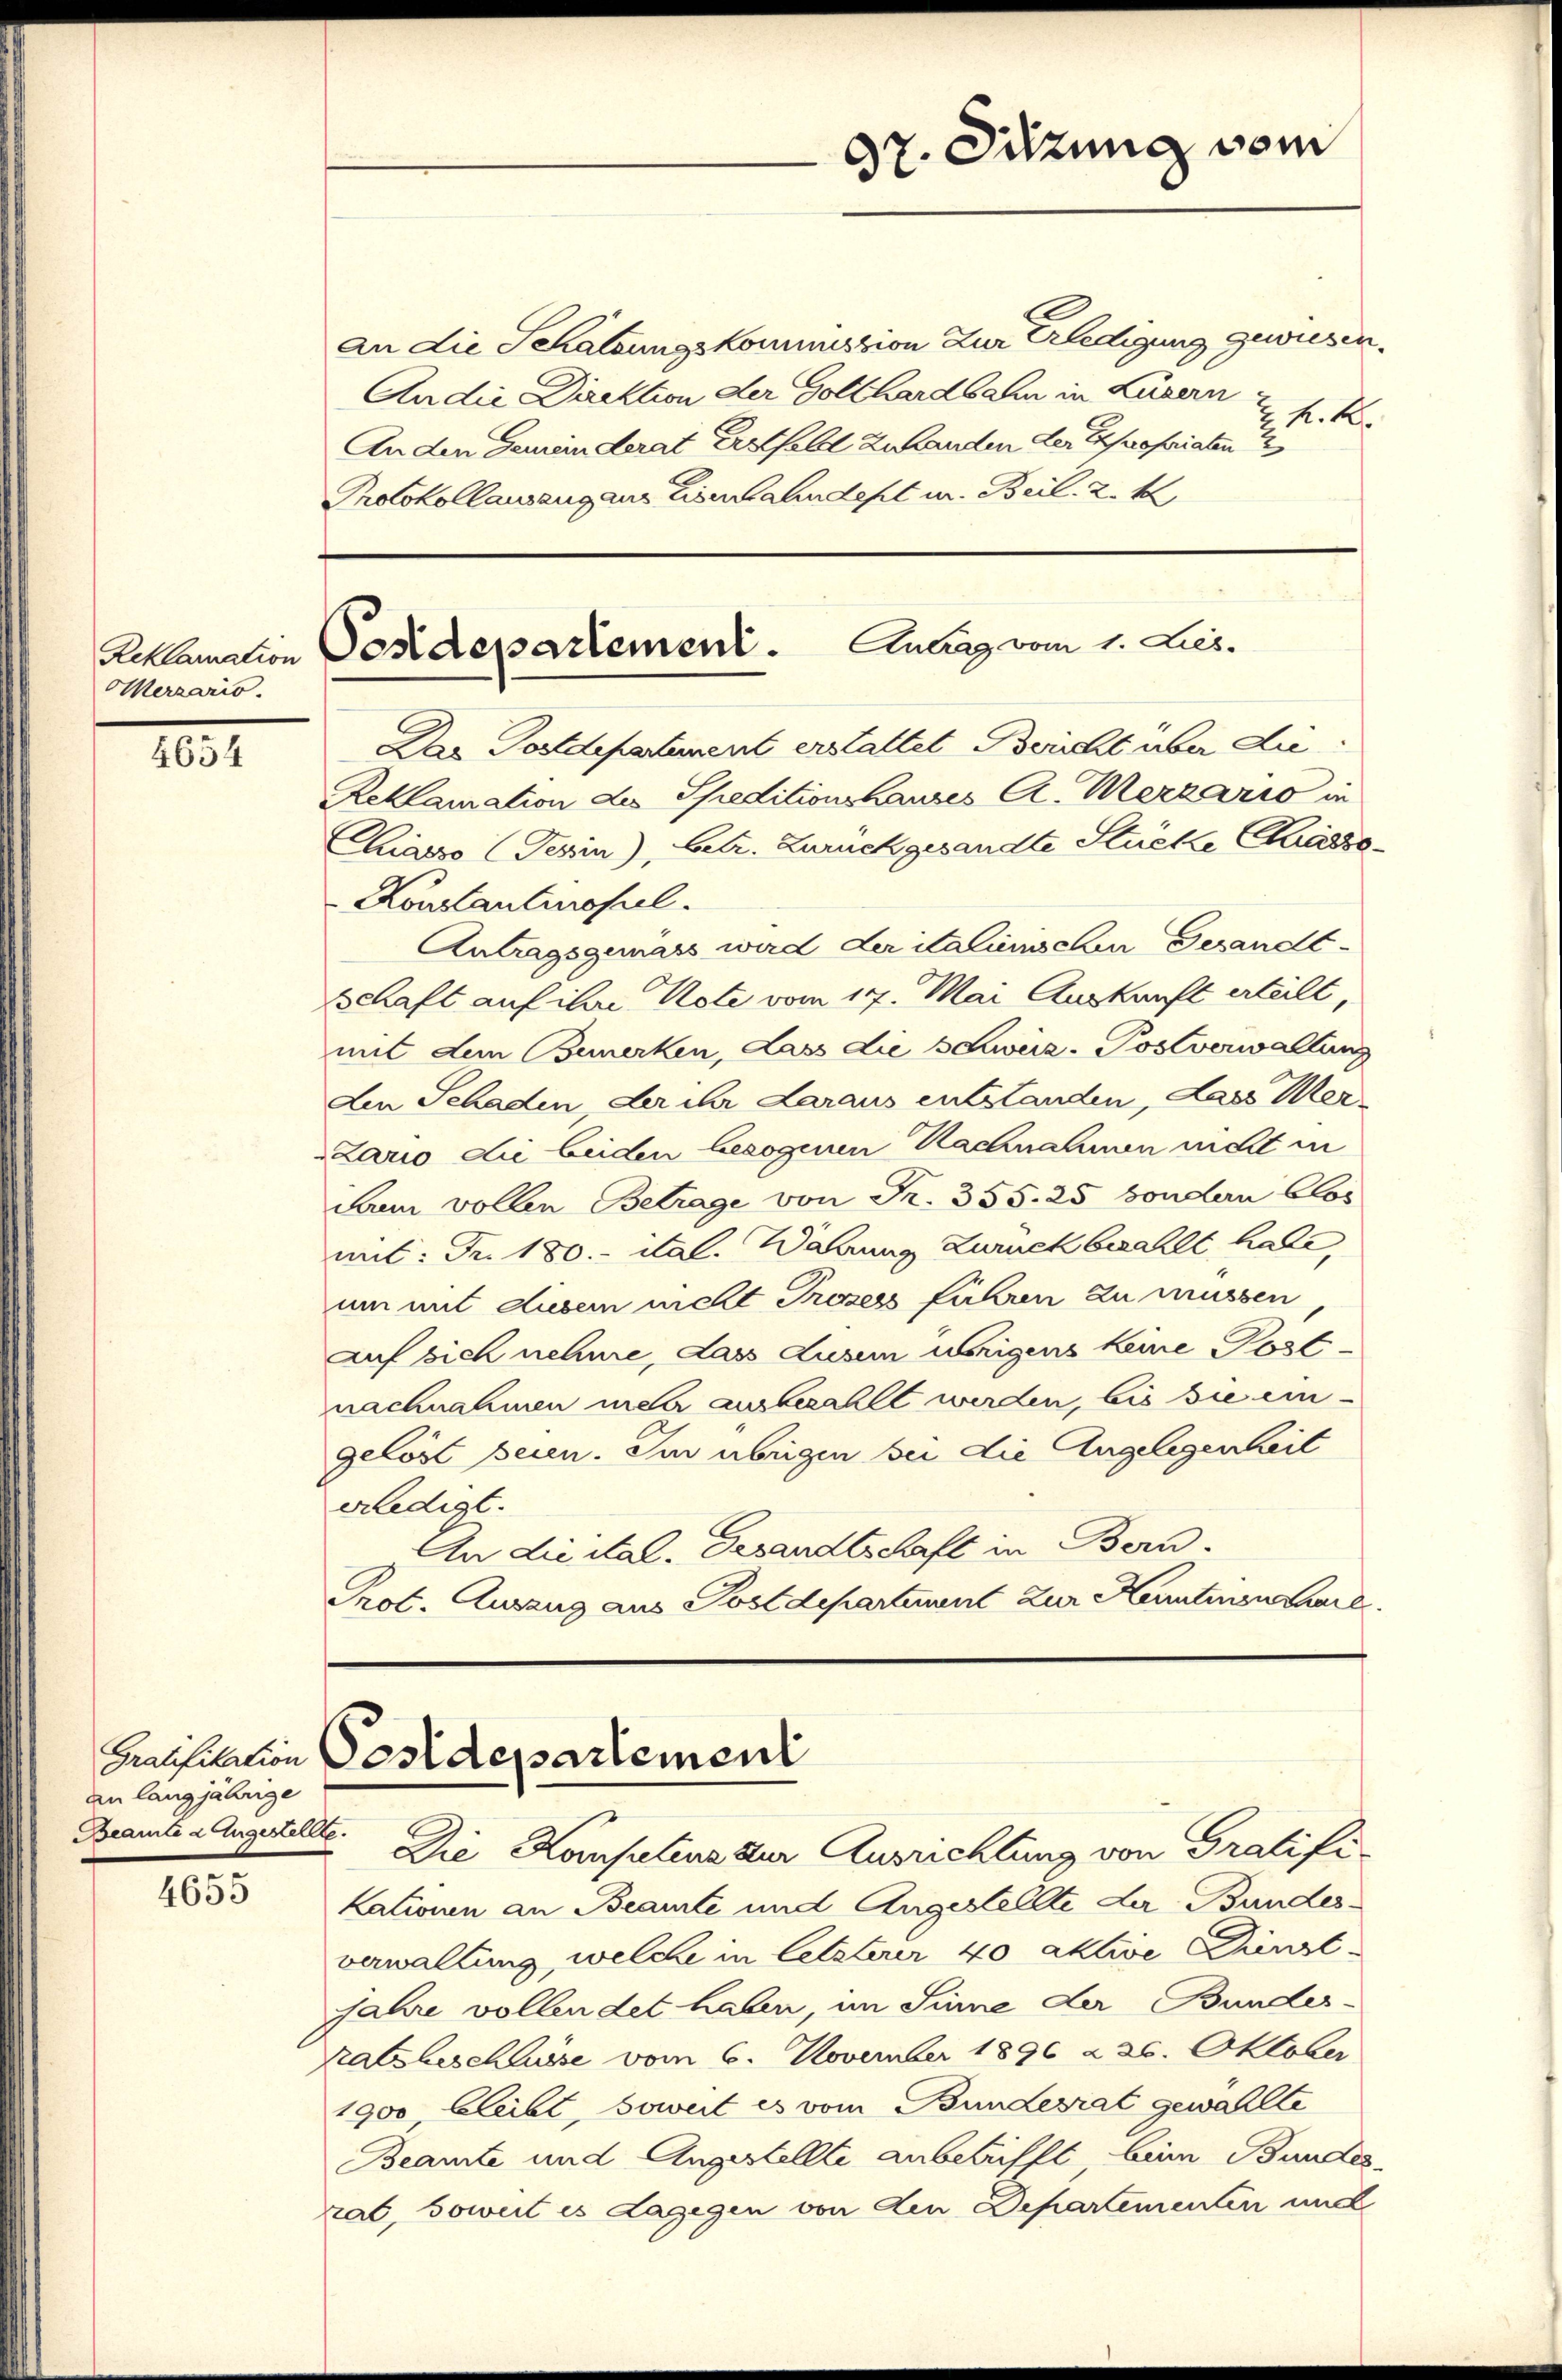
Merzario.

4654

4655

an langjährige
Beamte augestellte.

an die Schatzungskommission zur Erledigung gewiesen.
An die Direktion der Gotthardbahn in Luzern
 K. K.
An den Gemeinderat Erstfeld zu handen der Expropriaten 2
Protokollausang aus Eisenbahndeptur. Beil. 2. 1

dr. Sitzung vom

Reklamation Sondepartement. Antrag vom 1. Les

Das Postdepartement erstattet Bericht über die¬
Reklamation des Speditionshauses C. Merzario in
Chasso (Tessin), betr. Zurückgesandte Stücke Chiasso¬
Konstantinopel.
Antragsgemäss wird der italinischen Gesandt-
Schaft auf ihre Note vom 17. Mai Auskunft erteilt,
mit dem Bemerken, Lass die s Swiiz-Postverwaltung
Len Schaden, der ihr daraus entstanden, dass Mer
Lario die beiden bezogenen Nachnahmen nicht in
dann vollen Betrage von Fr. 355. 25 sondern Clos
mit: Fr. 180. ital. Währung zuruck bezahlt habe,
um mit diesem nicht Prozess führen zu müssen
auf sich nehme, dass disem übrigens keine Postnachnahmen mehr ausbezahlt werden, bis sie ein-
gelöst seien. Im übrigen bei die Angelegenheit
erledigt.
An die ital. Gesandtschaft in Bern-
Prot. Auszug aus Postdepartement zur Kenntiennerl

Bausulation Postdepartement

Die Konsutius zur Ausrichtung von Gratifikationen an Beamte und Augestellte der Bundesverwaltung, welche in letzterer 40 aktive Kunst
jahre vollendet haben, im Sinne der Bundes-
Ratsbeschlusse vom 6. November 1896 226. Oktober
1900 bleibt, soweit es vom Bundesrat gewählte
Beamte und Angestellte anbetrifft, beim Bundes-
rat, soweit es dagegen von den Departementen und